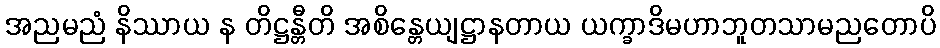
အညမညံ နိဿာယ န တိဋ္ဌန္တီတိ အစိန္တေယျဋ္ဌာနတာယ ယက္ခာဒိမဟာဘူတသာမညတောပိ